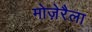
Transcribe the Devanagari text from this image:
मोज़ेरैला